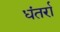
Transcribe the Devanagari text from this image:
धंतर्रा